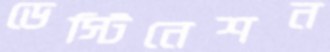
ডেস্টিনেশন